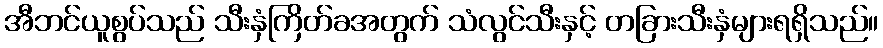
အီဘင်ယူစွပ်သည် သီးနှံကြိတ်ခအတွက် သံလွင်သီးနှင့် တခြားသီးနှံများရရှိသည်။